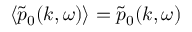
\langle \tilde { p } _ { 0 } ( k , \omega ) \rangle = \tilde { p } _ { 0 } ( k , \omega )